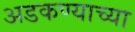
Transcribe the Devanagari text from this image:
अडकण्याच्या